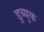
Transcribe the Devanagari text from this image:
डुब्युक